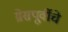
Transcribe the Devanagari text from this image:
ग्रेसपूर्वीचे